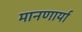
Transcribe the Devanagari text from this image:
मानणार्या